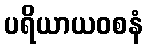
ပရိယာယဝစနံ